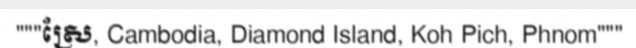
"""ស្រែ, Cambodia, Diamond Island, Koh Pich, Phnom"""